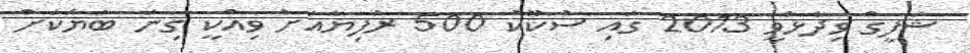
ޝަފީގް ވިދާޅުވީ 2013 ގައި ސުކޫކު 500 ރުފިޔާއަށް ވިއްކީ ގިނަ ބަޔަކަށް